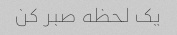
یک لحظه صبر کن